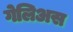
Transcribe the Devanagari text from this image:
गेलिअस